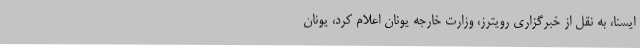
ایسنا، به نقل از خبرگزاری رویترز، وزارت خارجه یونان اعلام کرد، یونان